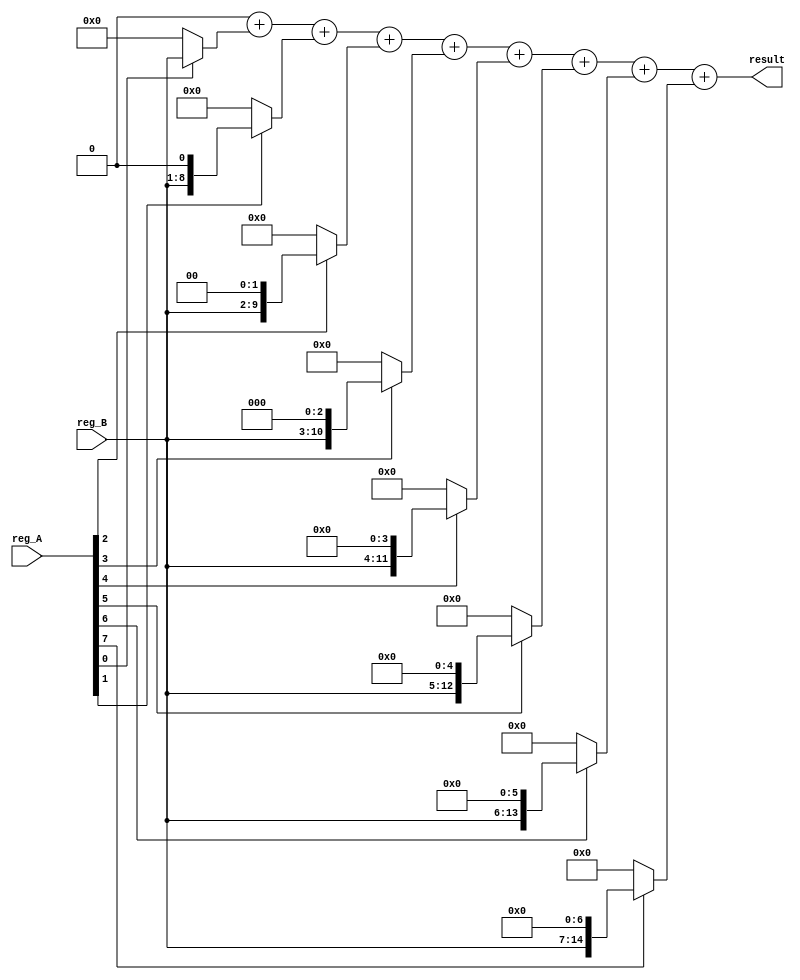
module umult8(reg_A, reg_B, result);
	input [0:7] reg_A, reg_B;
	output [0:15] result;
	reg [0:15] p8a_0;
	reg [0:15] p8b_0;
	reg [0:15] pt;
	reg [0:15] result;
	integer i;
	always @ (reg_A or reg_B)
		begin
		p8a_0=16'b0;
		p8b_0=16'b0;
		pt=16'b0;
		p8b_0={{8{1'b0}},reg_B[0:7]};
		p8a_0={{8{1'b0}},reg_A[0:7]};
		for (i=15; i>7; i=i-1)
			begin
			pt=pt+(p8a_0[i]?(p8b_0<<(8'd15-i)):16'b0);
			end
		result<=pt;
		end
endmodule